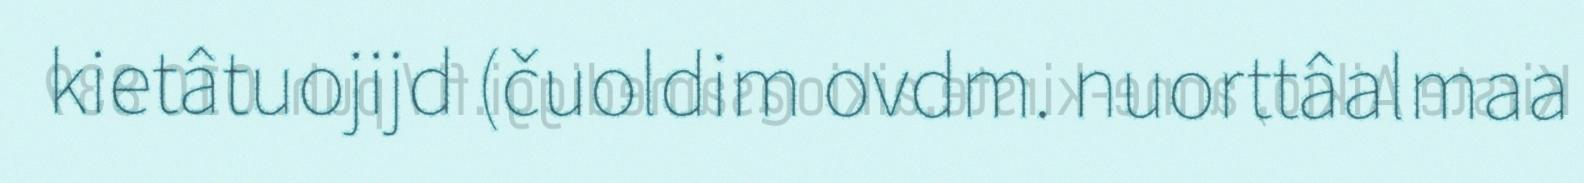
kietâtuojijd (čuoldim ovdm. nuorttâalmaa